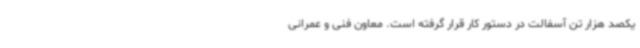
یکصد هزار تن آسفالت در دستور کار قرار گرفته است. معاون فنی و عمرانی